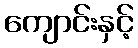
ကျောင်းနှင့်